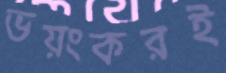
ভয়ংকরই